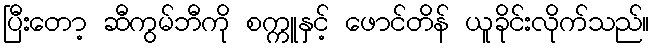
ပြီးတော့ ဆီကွမ်ဘီကို စက္ကူနှင့် ဖောင်တိန် ယူခိုင်းလိုက်သည်။